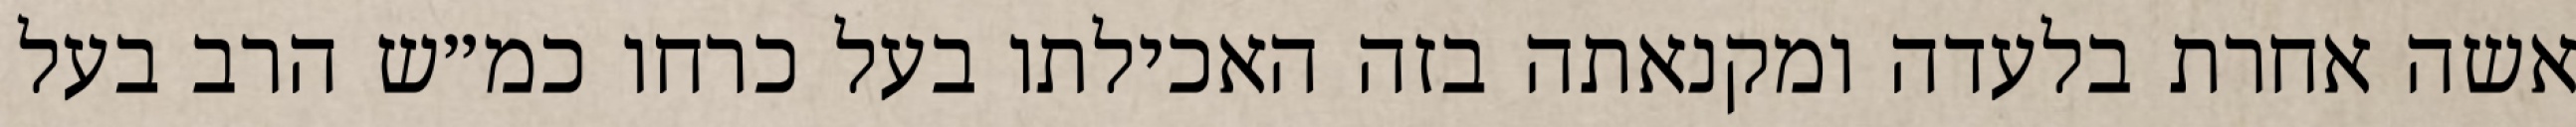
אשה אחרת בלעדה ומקנאתה בזה האכילתו בעל כרחו כמ״ש הרב בעל